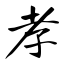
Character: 孝